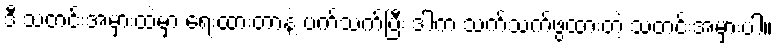
ဒီ သတင်းအမှားထဲမှာ ရေးထားတာနဲ့ ပက်သက်ပြီး ဒါက သက်သက်ဖွထားတဲ့ သတင်းအမှားပါ။